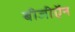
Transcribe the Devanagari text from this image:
बीजीऍन